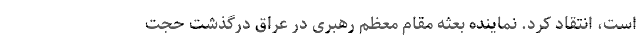
است، انتقاد کرد. نماینده بعثه مقام معظم رهبری در عراق درگذشت حجت‌